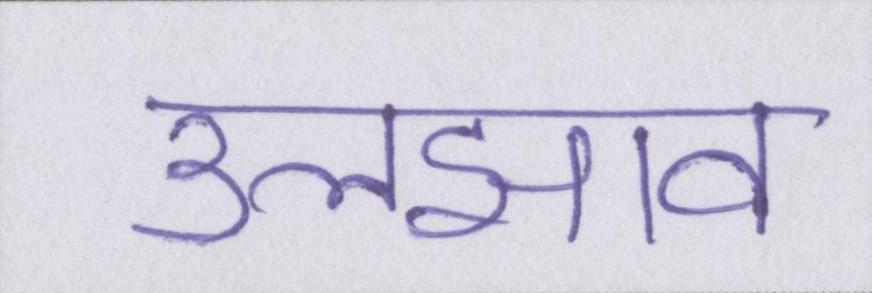
उलझाव